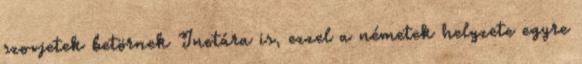
szovjetek betörnek Inotára is, ezzel a németek helyzete egyre